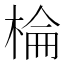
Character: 棆